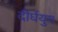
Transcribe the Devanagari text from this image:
दीर्घयुग